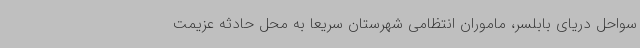
سواحل دریای بابلسر، ماموران انتظامی شهرستان سریعاً به محل حادثه عزیمت